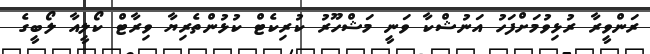
ރަންވީރާ ރުޅިވުމަށްފަހު އަނުޝްކާ ވަނީ މަޝްހޫރު ކުރިކެޓް ކުޅުންތެރިޔާ ވިރާޓް ކޯލީއާ ލޯބީގެ